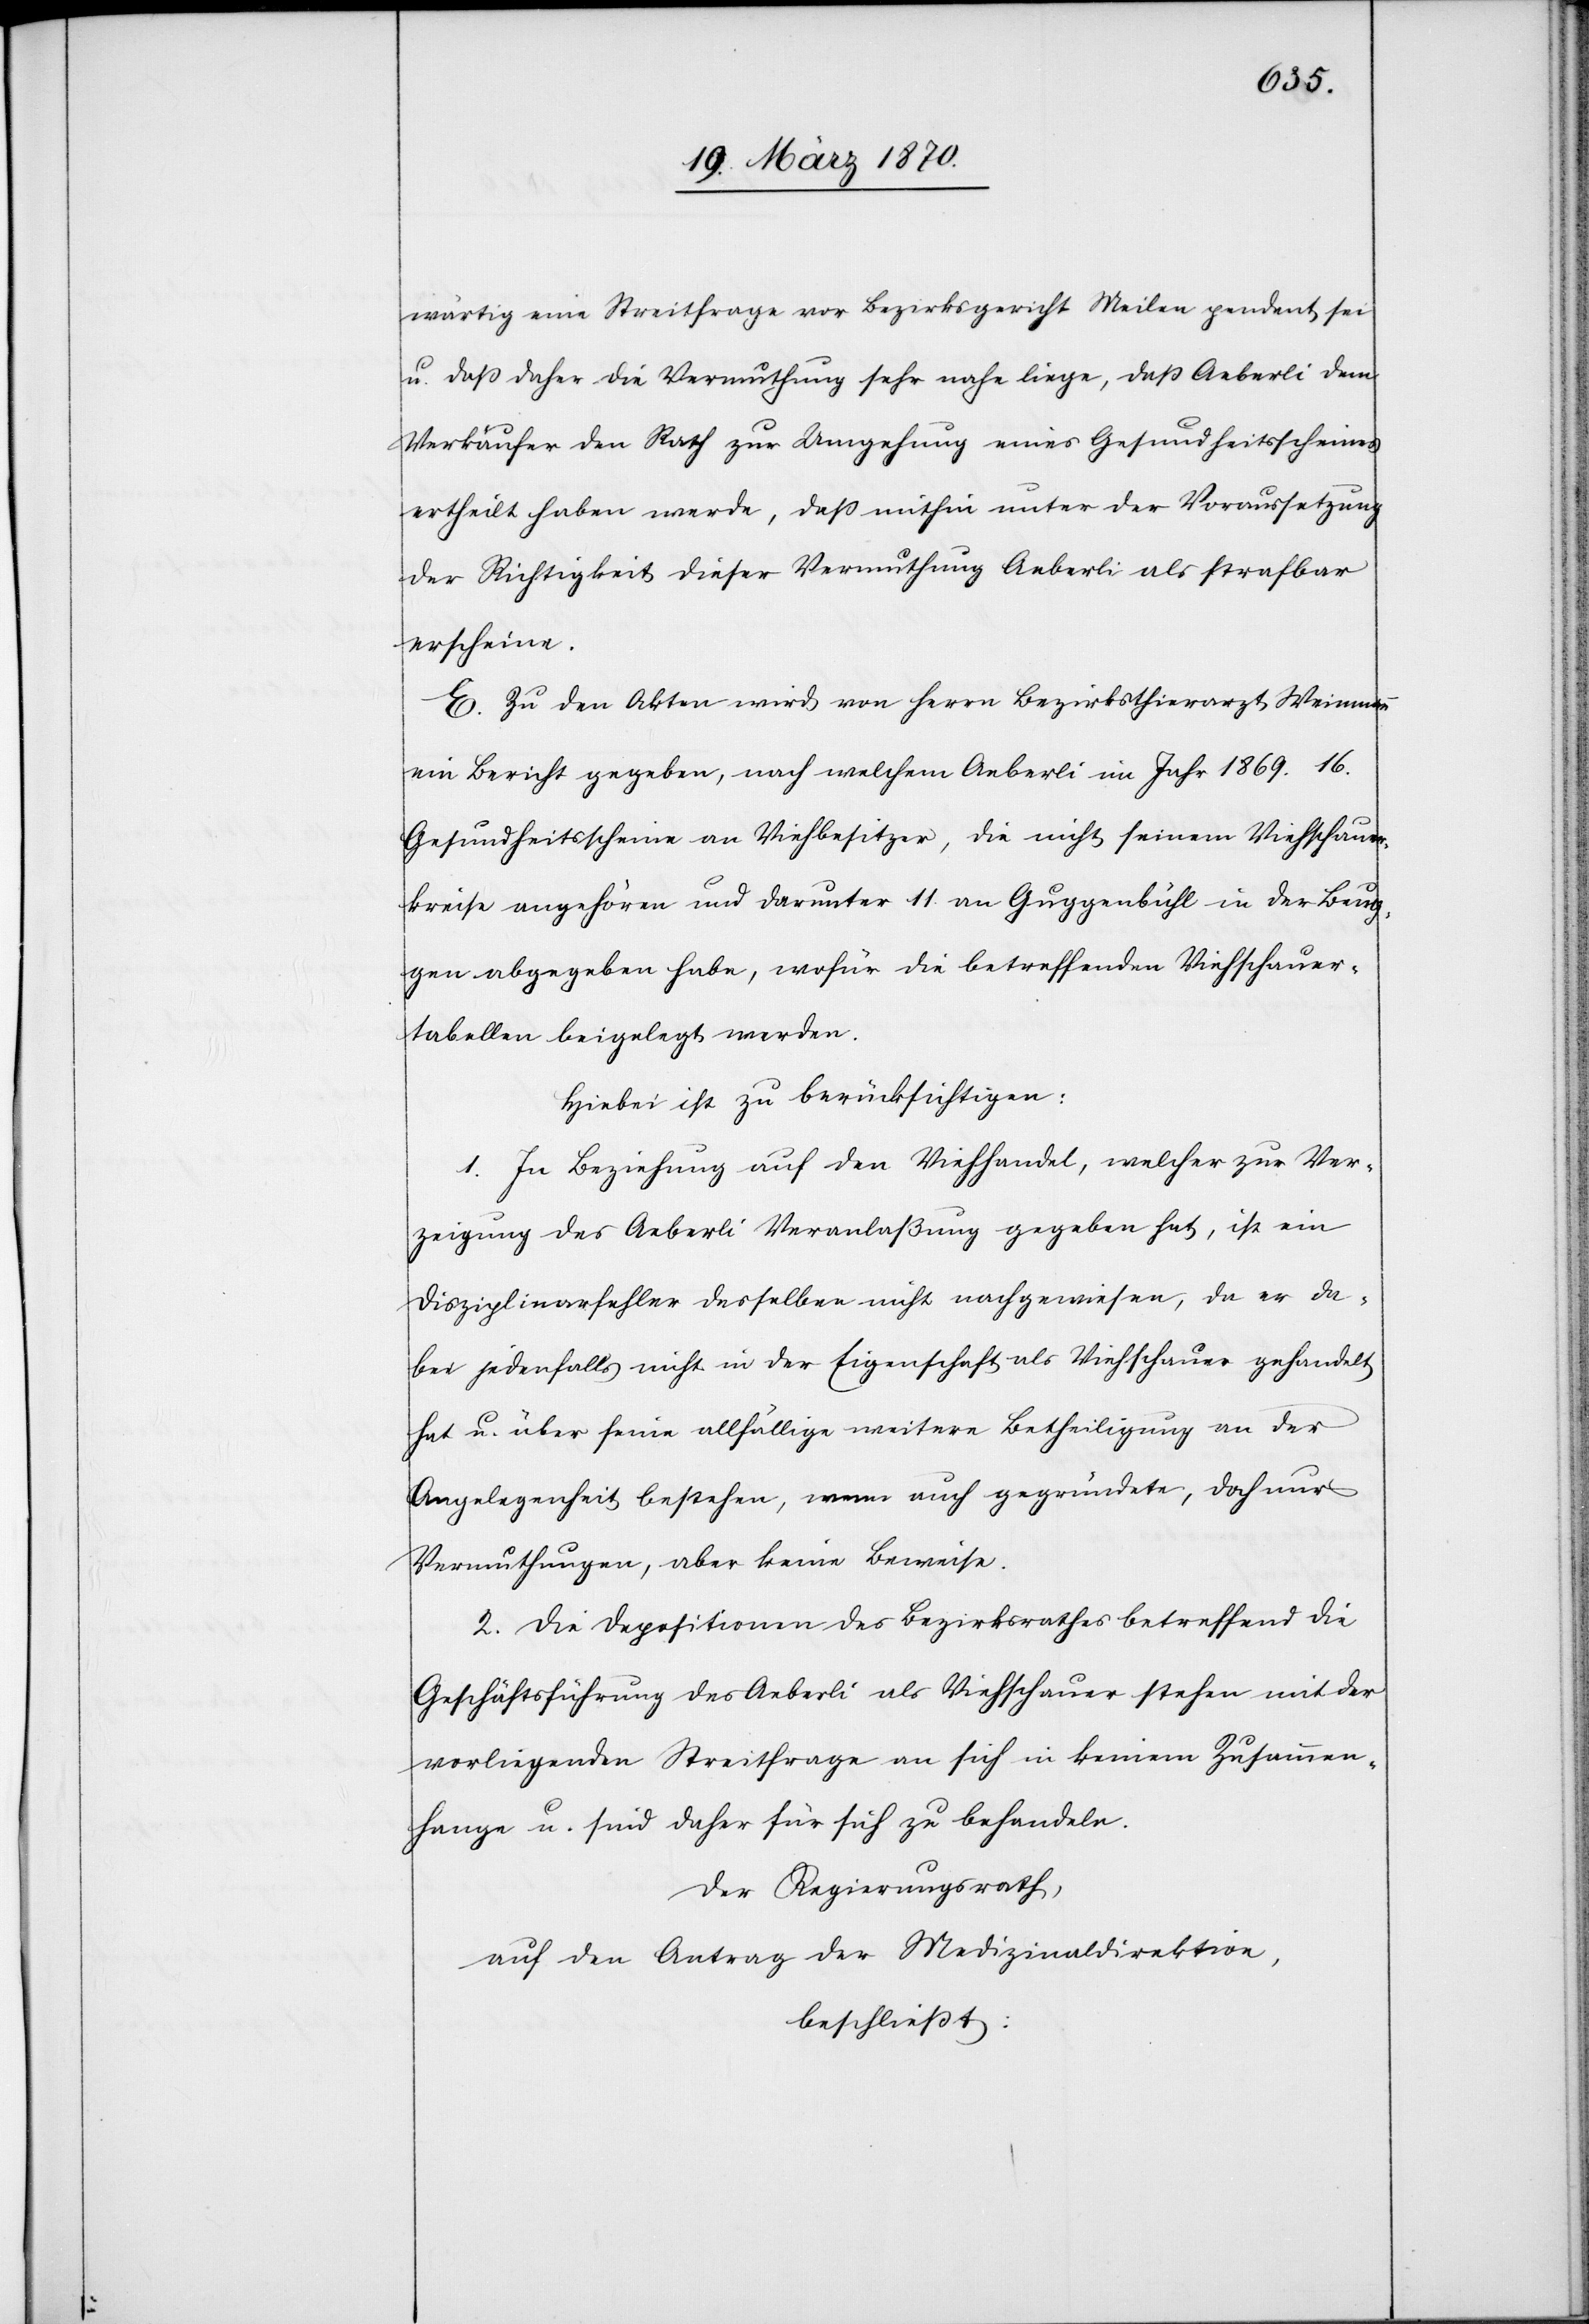
wärtig eine Streitfrage vor Bezirksgericht Meilen pendent sei
u. daß daher die Vermuthung sehr nahe liege, daß Aeberli dem
Verkäufer den Rath zu Umgehung eines Gesundheitsscheines
ertheilt haben werde, daß mithin unter der Voraussetzung
der Richtigkeit dieser Vermuthung Aeberli als strafbar
erscheine.
E. Zu den Akten wird von Herrn Bezirksthierarzt Weinmann
ein Bericht gegeben, nach welchem Aeberli im Jahr 1869. 16.
Gesundheitsscheine an Viehbesitzer, die nicht seinem Viehschauer¬
kreise angehören und darunter 11 an Guggenbühl in der Beug¬
gen abgegeben habe, wofür die betreffenden Viehschauer¬
tabellen beigelegt werden.
Hiebei ist zu berücksichtigen:
1. In Beziehung auf den Viehhandel, welcher zur Ver¬
zeigung des Aeberli Veranlaßung gegeben hat, ist ein
Disziplinarfehler desselben nicht nachgewiesen, da er da¬
bei jedenfalls nicht in der Eigenschaft als Viehschauer gehandelt
hat u. über seine allfällige weitere Betheiligung an der
Angelegenheit bestehen, wenn auch gegründete, doch nur
Vermuthungen, aber keine Beweise.
2. Die Depositionen des Bezirksrathes betreffend die
Geschäftsführung des Aeberli als Viehschauer stehen mit der
vorliegenden Streitfrage an sich in keinem Zusammen¬
hange u. sind daher für sich zu behandeln.
Der Regierungsrath,
auf den Antrag der Medizinaldirektion,
beschließt: